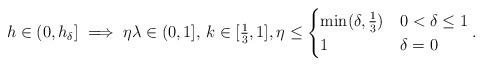
LaTeX: \begin{align*} h \in (0, h_\delta] \implies \eta \lambda \in (0, 1], \, k \in [\tfrac{1}{3}, 1], \eta \le \begin{cases} \min(\delta, \frac{1}{3}) & 0 < \delta \le 1 \\1 & \delta = 0 \end{cases}.\end{align*}